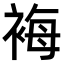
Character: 𧚀